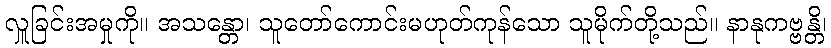
လှူခြင်းအမှုကို။ အသန္တော၊ သူတော်ကောင်းမဟုတ်ကုန်သော သူမိုက်တို့သည်။ နာနုကဗ္ဗန္တိ၊